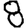
Digit: 8